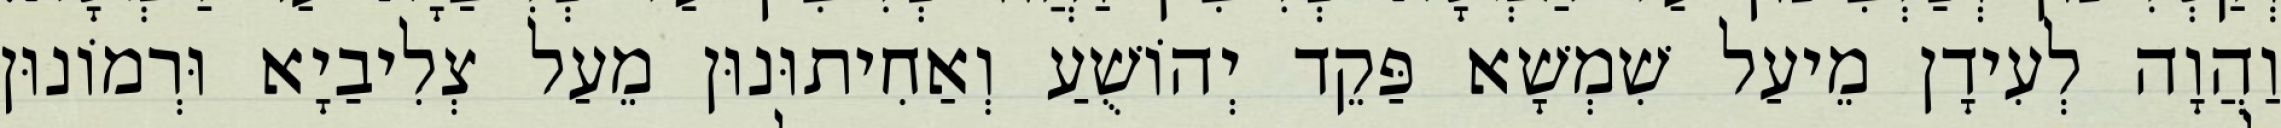
וַהֲוָה לְעִידָן מֵיעַל שִׁמְשָׁא פַּקֵד יְהוֹשֻׁעַ וְאַחִיתוּנוּן מֵעַל צְלִיבַיָא וּרְמוֹנוּן